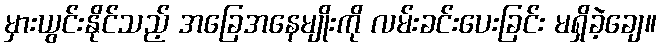
မှားယွင်းနိုင်သည့် အခြေအနေမျိုးကို လမ်းခင်းပေးခြင်း မရှိခဲ့ချေ။